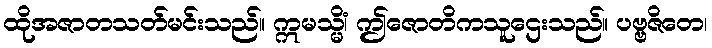
ထိုအဇာတသတ်မင်းသည်။ ဣမသ္မိံ၊ ဤဇောတိကသူဌေးသည်။ ပဗ္ဗဇိတေ၊